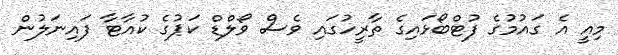
މިއީ އެ ގައުމުގެ ފުޓްބޯޅައިގެ ތާރީހުގައި ވެސް ވޯލްޑް ކަޕުގެ ކުއާޓާ ފައިނަލުން